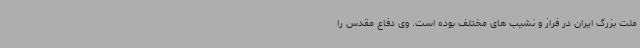
ملت بزرگ ایران در فراز و نشیب های مختلف بوده است. وی دفاع مقدس را